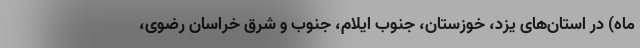
ماه) در استان‌های یزد، خوزستان، جنوب ایلام، جنوب و شرق خراسان رضوی،